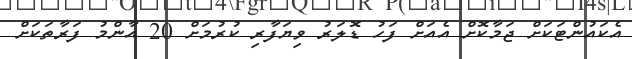
އެކައުންޓަކަށް ޖަމާކޮށް އެއަށް ފަހު ޑޮލަރު ވިޔަފާރި ކުރުމަށް 20 އާންމު ފަރާތަކަށް